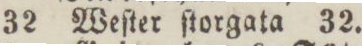
32 Weſter ſtorgata 32.